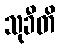
သုခီတိ